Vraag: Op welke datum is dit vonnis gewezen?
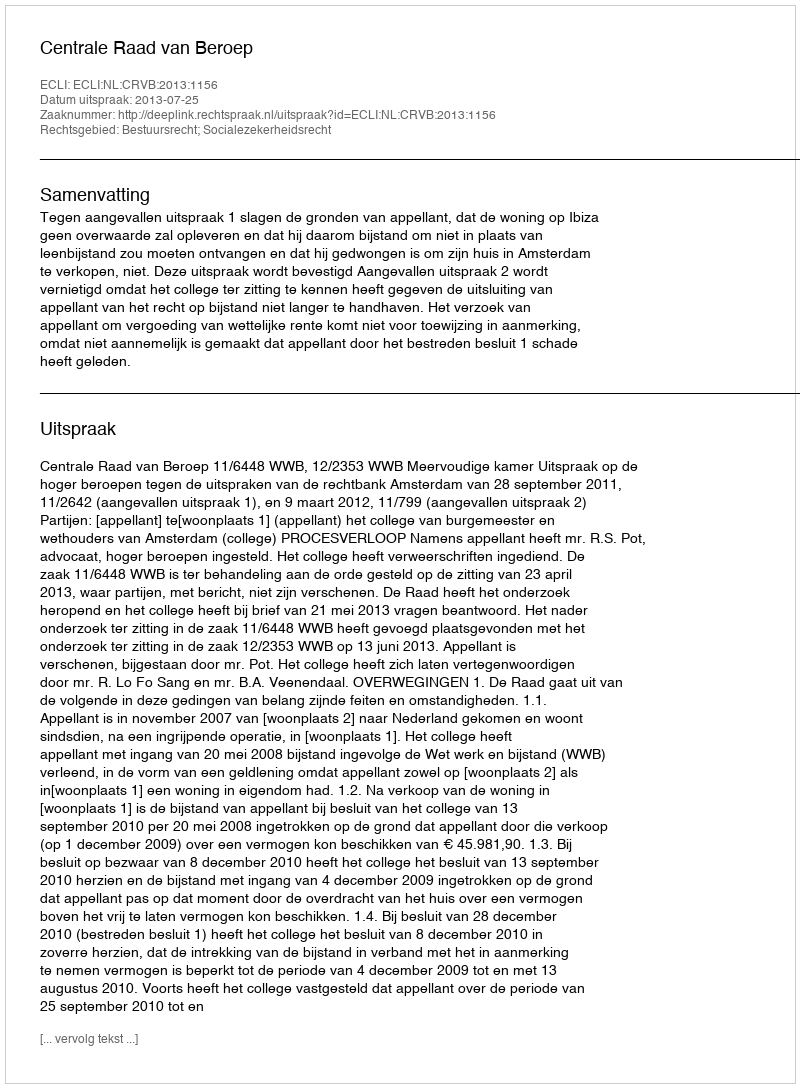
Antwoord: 2013-07-25